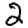
Digit: 2